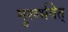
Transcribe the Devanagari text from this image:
गुरूर्भवेत्